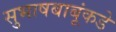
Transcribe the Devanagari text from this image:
सुभाषबाबूंकडे